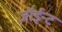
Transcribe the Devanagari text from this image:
जॉईन्ट